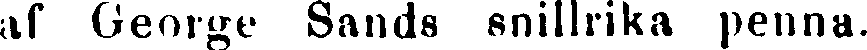
af George Sands snillrika penna.